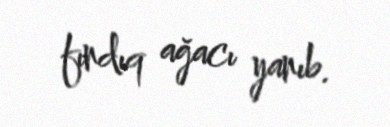
fındıq ağacı yanıb.